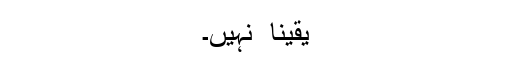
یقینا ً نہیں۔